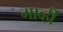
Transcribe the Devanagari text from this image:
गार्व्ही